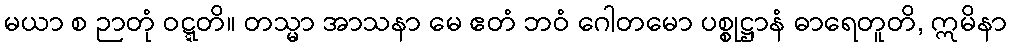
မယာ စ ဉာတုံ ဝဋ္ဋတိ။ တသ္မာ အာသနာ မေ ဧတံ ဘဝံ ဂေါတမော ပစ္စုဋ္ဌာနံ ဓာရေတူတိ, ဣမိနာ